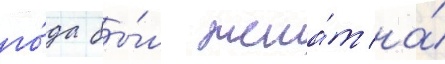
го́да бы́л жена́т на́